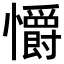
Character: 𢥚